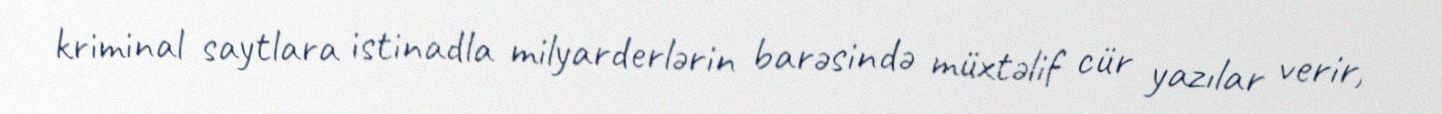
kriminal saytlara istinadla milyarderlərin barəsində müxtəlif cür yazılar verir,